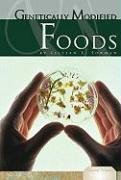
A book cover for Genetically Modified Foods (Essential Viewpoints); Lillian E. Forman; Health, Fitness & Dieting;